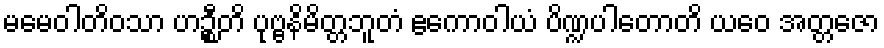
မမေဝါတိဝသာ ဟဉ္စီတိ ပုဗ္ဗနိမိတ္တဘူတံ ဧကောဝါယံ ပိဏ္ဍပါတောတိ ယဝေ အတ္တဇော